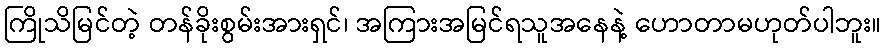
ကြိုသိမြင်တဲ့ တန်ခိုးစွမ်းအားရှင်၊ အကြားအမြင်ရသူအနေနဲ့ ဟောတာမဟုတ်ပါဘူး။